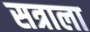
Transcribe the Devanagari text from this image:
सत्राला